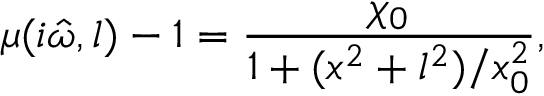
\mu ( i \hat { \omega } , l ) - 1 = \frac { \chi _ { 0 } } { 1 + ( x ^ { 2 } + l ^ { 2 } ) / x _ { 0 } ^ { 2 } } ,